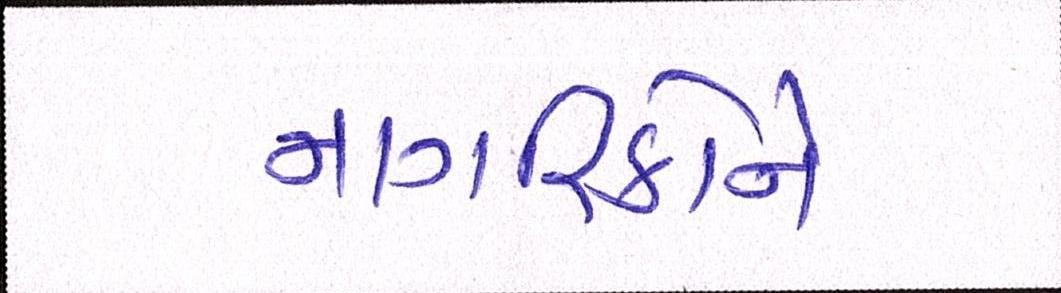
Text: નાગરિકોને